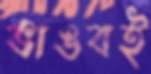
ভাঙবই